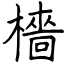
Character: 檣